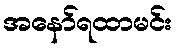
အနော်ရထာမင်း